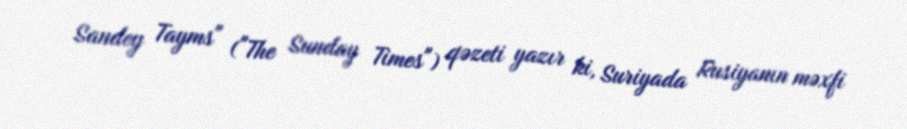
Sandey Tayms" ("The Sunday Times") qəzeti yazır ki, Suriyada Rusiyanın məxfi